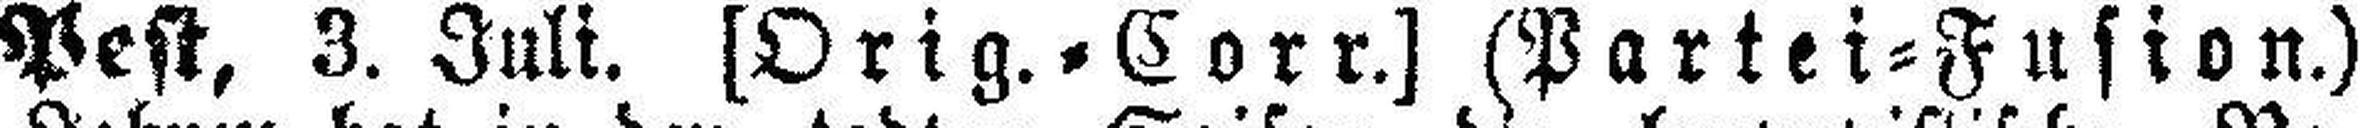
Pest, 3. Juli. [Orig.=Corr.] (Partei=Fusion.)